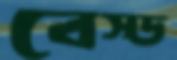
বেস্ড